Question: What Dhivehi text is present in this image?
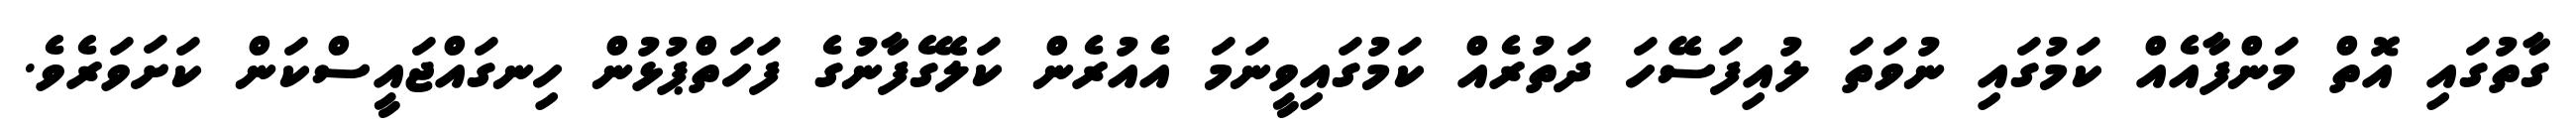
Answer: ގާތުގައި އޮތް މަންފާއެއް ކަމުގައި ނުވަތަ ލުއިފަސޭހަ ދަތުރެއް ކަމުގައިވީނަމަ އެއުރެން ކަލޭގެފާނުގެ ފަހަތްޕުޅުން ހިނގައްޖައީސްކަން ކަށަވަރެވެ.